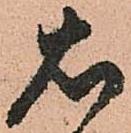
右